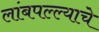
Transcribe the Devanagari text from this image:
लांबपल्ल्याचे